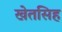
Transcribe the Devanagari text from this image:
खेतसिह